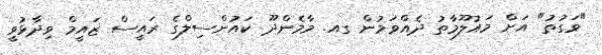
"ވަގުތު" އަށް މައުލޫމާތު ދެއްވަމުން ގއ. މާމެންދޫ ކައުންސިލްގެ ރައީސް ޒައީމް ވިދާޅުވީ